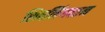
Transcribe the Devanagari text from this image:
शिवलिंगपतन